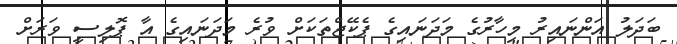
ބަދަލު އަންނައިރު މިހާރުގެ މަދަނައިގެ ޕެކޭޖްތަކަށް ވުރެ މަދަނައިގެ އާ ޕޮލިސީ ވަރަށް